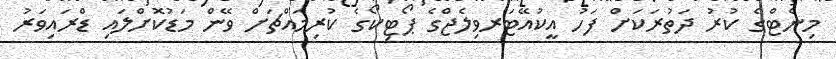
މިނެޓްގެ ކުރު ދަތުރަކަށް ފަހު އީކުއޭޓަރވިލެޖްގެ ޕޯޓިކޯގެ ކުރިމައްޗަށް ވޭން މަޑުކޮށްލައި ޑްރައިވަރު